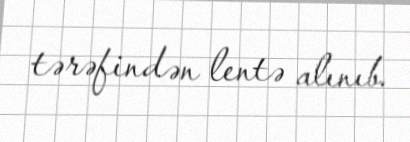
tərəfindən lentə alınıb.